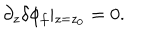
\partial _ { z } \delta \phi _ { f } \vert _ { z = z _ { 0 } } = 0 .